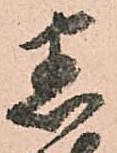
悉